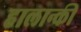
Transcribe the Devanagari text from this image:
हालान्की